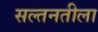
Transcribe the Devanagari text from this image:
सल्तनतीला